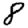
Digit: 8